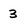
Character: 3